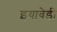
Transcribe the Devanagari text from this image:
इयावेडी